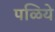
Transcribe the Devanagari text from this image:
पळिये